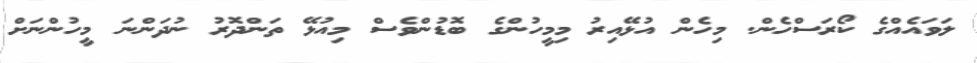
ލަވައެއްގެ ކޯރަސްހެން. މިހެން އުޅޭއިރު މިމީހުންގެ ބޮޑުންވެސް މިއުޅޭ ތަންދޮރު ނުދަންނަ މީހުންނަށް